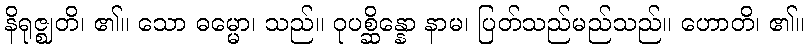
နိရုဇ္ဈတိ၊ ၏။ သော ဓမ္မော၊ သည်။ ဝုပစ္ဆိန္နော နာမ၊ ပြတ်သည်မည်သည်။ ဟောတိ၊ ၏။